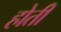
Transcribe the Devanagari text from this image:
होती